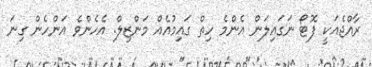
ރާއްޖެއަކީ ފޮޓޯ ނަގައިލަން އެންމެ ހިތް ގައިމުއެއް މަންޒިލް. އެހެންވެ އަންހެން ގިނަ